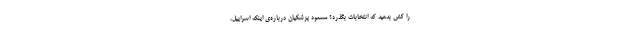
را کش بدهید که انتخابات بگذرد؟ مسعود پزشکیان درباره‌ی اینکه اسراییل،